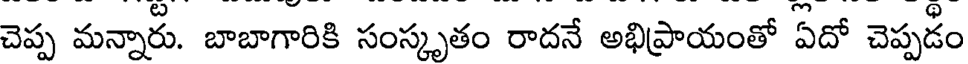
చెప్ప మన్నారు. బాబాగారికి సంస్కృతం రాదనే అభిప్రాయంతో ఏదో చెప్పడం